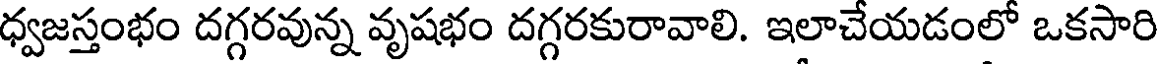
ధ్వజస్తంభం దగ్గరవున్న వృషభం దగ్గరకురావాలి. ఇలాచేయడంలో ఒకసారి